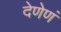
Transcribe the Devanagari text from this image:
देणेणं